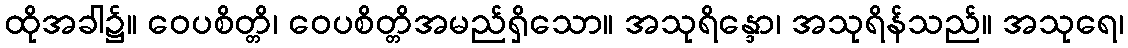
ထိုအခါ၌။ ဝေပစိတ္တိ၊ ဝေပစိတ္တိအမည်ရှိသော။ အသုရိန္ဒော၊ အသုရိန်သည်။ အသုရေ၊